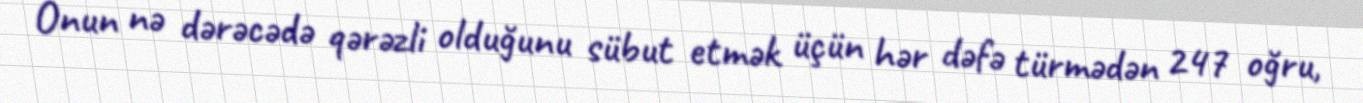
Onun nə dərəcədə qərəzli olduğunu sübut etmək üçün hər dəfə türmədən 247 oğru,